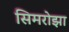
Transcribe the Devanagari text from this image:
सिमरोझा